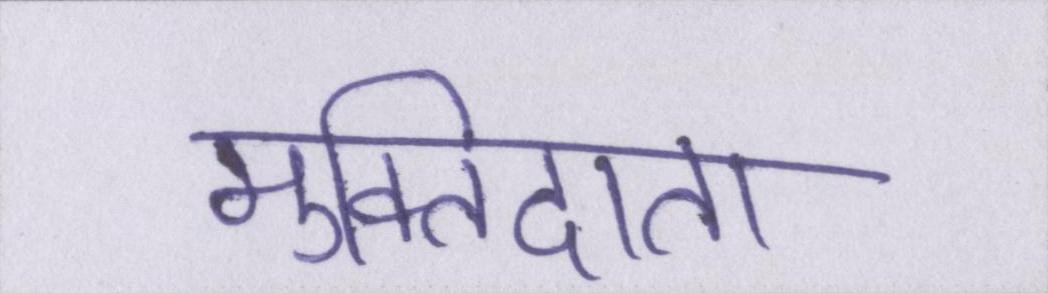
मुक्तिदाता